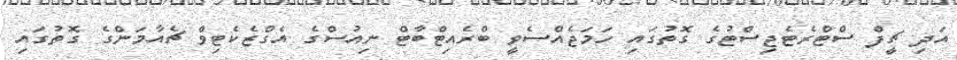
އަދި ޗީފް ސްޓްރެޓެޖިސްޓުގެ ގޮތުގައި ހަމަޖެއްސެވީ ބްރެއިޓްބާޓް ނިއުސްގެ އެގްޒެކެޓިވް ޗެއާމަންގެ ގޮތުގައި